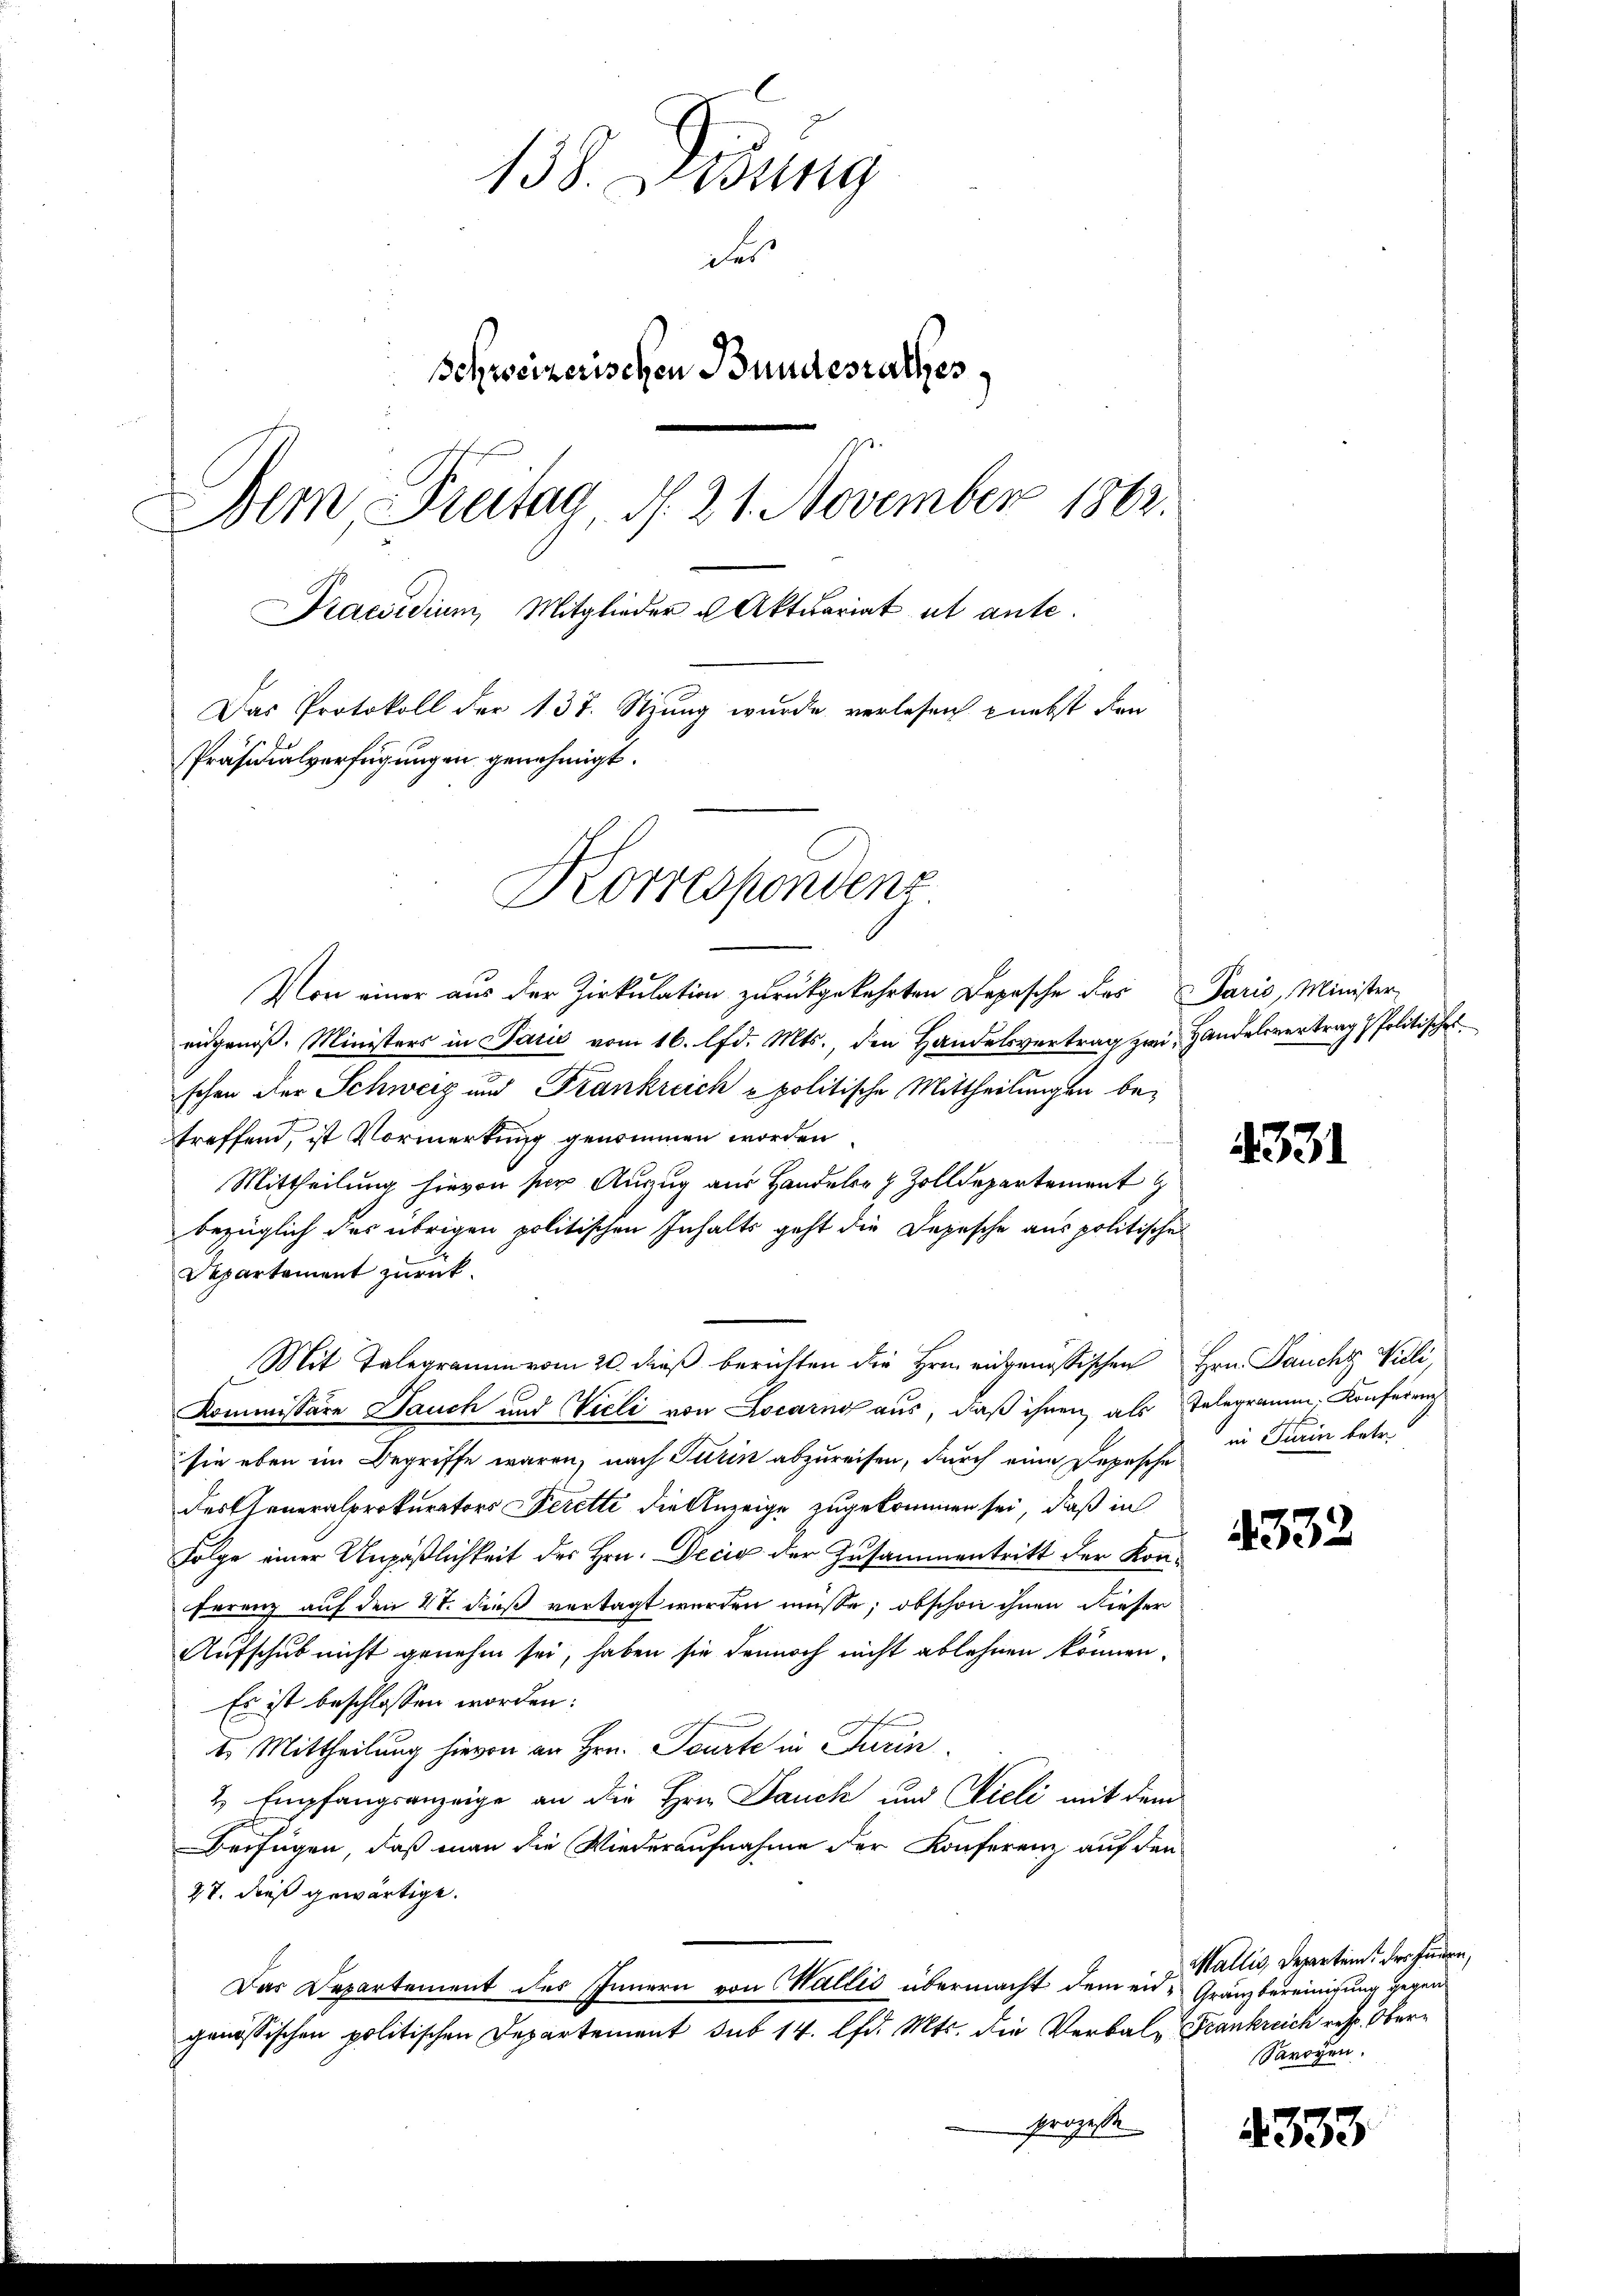
138. Lesung
des
Schweizerischen Bundesrathes
Bem, Freitag, d. 21. November 1862.
Praesidium, Mitglieder u Aktuariat et ante.
Das Protokoll der 137. Stung wurde verlesen nebst den
Präsidialverfügungen genehmigt.
Korrespondenz

Von einer aus der Zirkulation zurückgekehrten Depesche des Paris, Minister
eidgenöß. Ministers in Paris vom 16. lfd. Mts., den Handelsvertrag zwi, Handelsvertrag & Politische
schon der Schweiz und Frankreich - politische Mittheilungen betreffend, ist Vormerkung genommen worden
Mittheilung hievon ser Anzug aus Handeler & Zolldepartement
bezüglich der übrigen politischen Inhalts geht die Depesche aus politische
Departement zurück.
Mit Telegramm vom 20. dieß berichten die Hrn. eidgenössischen Hrn. Jaucht Vieli,
Kommissäre Dauch und Vieli von Locarn aus, daß ihren als Telegramm, Konferen
sie eben im Begriffe waren, nach Turin abzureisen, durch eine Depesche
Festheneralprokurators Verette die Anzeige zugekommen sei, daß in
Folge einer Unpäßlichkeit des Hrn. Decis der Zusammentritt der Kon¬
Frrenz auf den 4. dieß vertagt werden müsse; obschon ihnen dieser
Aufschub nicht genehm sei, haben sie dennoch nicht ablehnen können
Es ist beschlossen worden:
t. Mittheilung hievon an Hrn. Tourte in Turin
2 Empfangsanzeige an die Hrn. Danck und Vieli mit dem
Beifügen, daß man die Wiederaufnahme der Konferenz auf den
27. dieß gewärtige.
Das Departement des Innern von Wallis übermacht dem eid- Gränzbereinigung gegen
genössischen politischen Departement sub 14. lfd. Mts. die Verbal-Frankreich resp. Ober¬
Prozesse

4331

in Turin betr.

4332

Wallis, Departem der Juden,
Savoyen.

4333